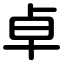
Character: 卓